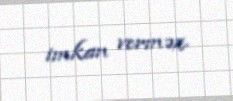
imkan verməz.